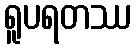
ရူပရတဿ